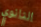
الثانوي